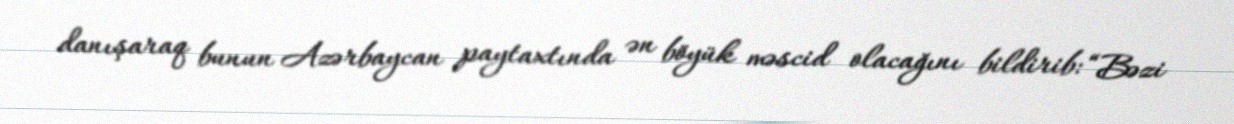
danışaraq bunun Azərbaycan paytaxtında ən böyük məscid olacağını bildirib: “Bəzi